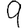
Digit: 9